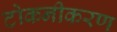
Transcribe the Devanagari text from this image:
टोकनीकरण